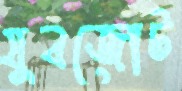
যুবজোট